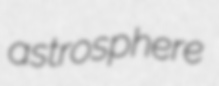
astrosphere